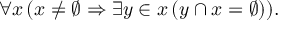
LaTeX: \forall x \, ( x \neq \varnothing \Rightarrow \exists y \in x \, ( y \cap x = \varnothing ) ) .